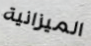
الميزانية